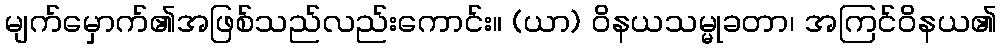
မျက်မှောက်၏အဖြစ်သည်လည်းကောင်း။ (ယာ) ဝိနယသမ္မုခတာ၊ အကြင်ဝိနယ၏